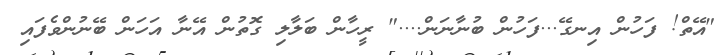
"އޭތް! ފަހުން އިނގޭ...ފަހުން ބުނާނަން...." ރީހާން ބަލާލި ގޮތުން އޭނާ އަހަން ބޭނުންވެފައި